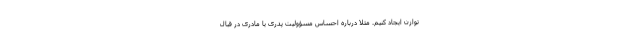
توازن ایجاد کنیم. مثلاً درباره احساس مسؤولیت پدری یا مادری در قبال